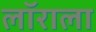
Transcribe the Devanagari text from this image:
लॉराला